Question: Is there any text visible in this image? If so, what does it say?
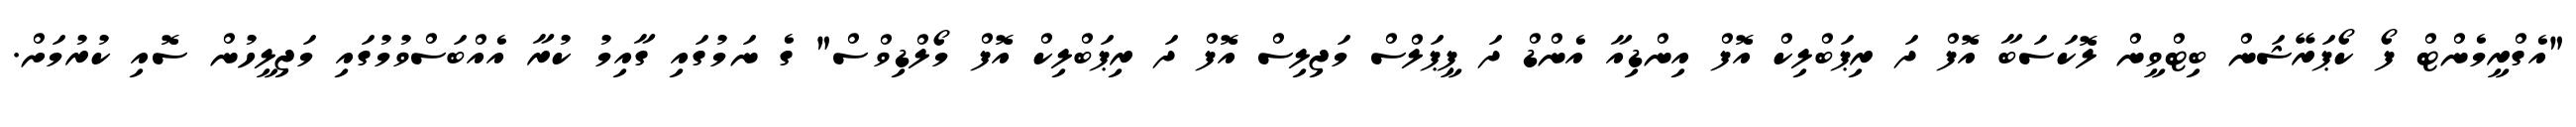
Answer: "އެގްރީމެންޓް ފޯ ކޯޕަރޭޝަން ބިޓްވީން ލޮކަސަބާ އޮފް ދަ ރިޕަބްލިކް އޮފް އިންޑިއާ އެންޑް ދަ ޕީޕަލްސް މަޖިލިސް އޮފް ދަ ރިޕަބްލިކް އޮފް މޯލްޑިވްސް" ގެ ނަމުގައި ގާއިމު ކުރާ އެއްބަސްވުމުގައި މަޖިލީހުން ސޮއި ކުރުމަށް.